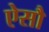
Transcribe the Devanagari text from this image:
ऐसौ